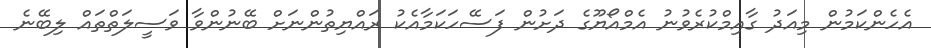
އެހެންކަމުން މިއަދު ގާއިމްކުރެވުނު އެމްއޯޔޫގެ ދަށުން ފަސޭހަކަމާއެކު ރައްޔިތުންނަށް ބޭނުންވާ ވަސީލަތްތައް ލިބޭނެ